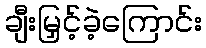
ချီးမြှင့်ခဲ့ကြောင်း